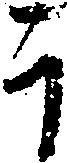
于